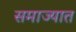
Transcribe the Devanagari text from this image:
समाज्यात